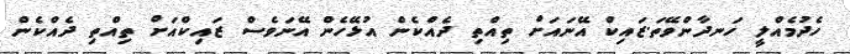
ހެދުމެއްލީ ހަނދާންވޭތަ.ޒައިކް އޭނައަށް ތިއްތި ދެއްކެން އުޅޭހެން އޭނަވެސް ޒައިކްއަށް ތިއްތި ދެއްކެން